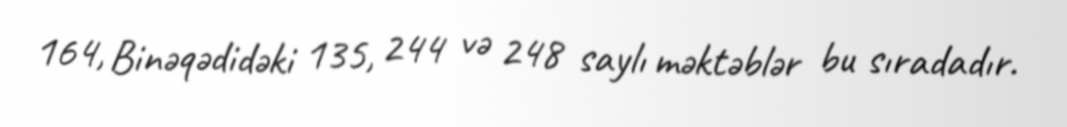
164, Binəqədidəki 135, 244 və 248 saylı məktəblər bu sıradadır.